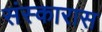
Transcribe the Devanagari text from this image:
संस्कारास